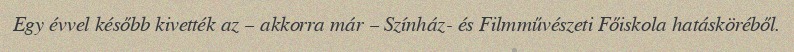
Egy évvel később kivették az – akkorra már – Színház- és Filmművészeti Főiskola hatásköréből.